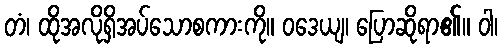
တံ၊ ထိုအလိုရှိအပ်သောစကားကို။ ဝဒေယျ၊ ပြောဆိုရာ၏။ ဝါ၊